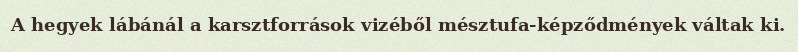
A hegyek lábánál a karsztforrások vizéből mésztufa-képződmények váltak ki.